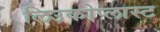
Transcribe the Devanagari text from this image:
लिउकोप्लास्ट